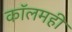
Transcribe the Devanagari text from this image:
कॉलमही